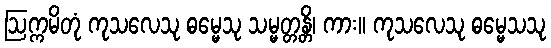
ဩက္ကမိတုံ ကုသလေသု ဓမ္မေသု သမ္မတ္တန္တိ၊ ကား။ ကုသလေသု ဓမ္မေသသု